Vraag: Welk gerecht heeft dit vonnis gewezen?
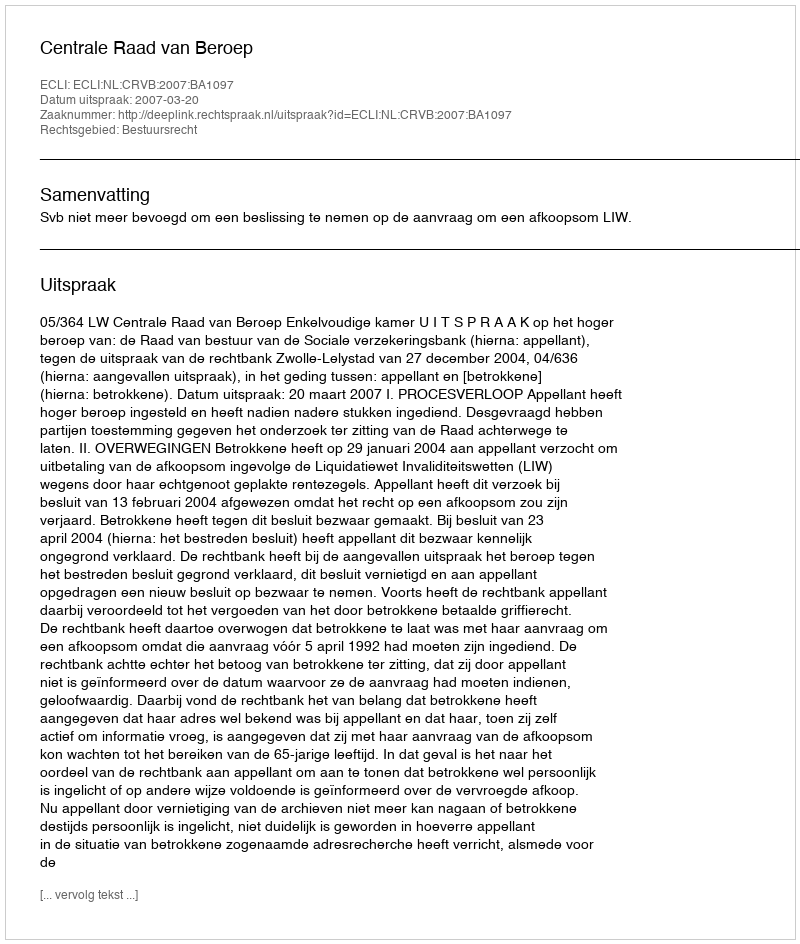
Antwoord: Centrale Raad van Beroep